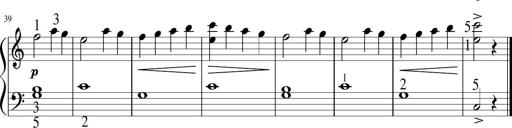
Title: 6 Instructive Sonatinas
Composer: Jacob Schmitt